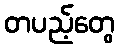
တပည့်တွေ